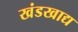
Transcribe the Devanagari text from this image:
खंडखाद्य